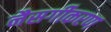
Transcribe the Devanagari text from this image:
नैसर्गीकरण